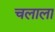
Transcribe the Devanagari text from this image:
चलाला